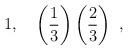
LaTeX: \begin{align*}1,\quad \left(\frac{1}{3}\right)\left(\frac{2}{3}\right)\ ,\end{align*}